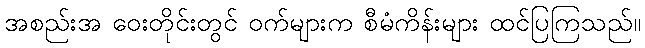
အစည်းအ ဝေးတိုင်းတွင် ဝက်များက စီမံကိန်းများ ထင်ပြကြသည်။